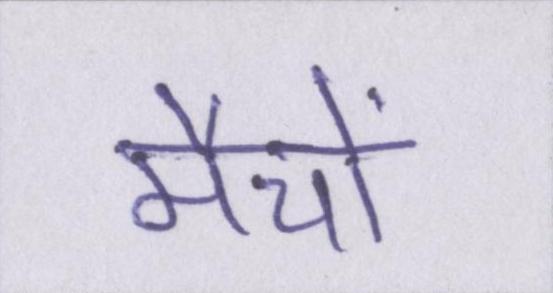
मैचों